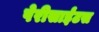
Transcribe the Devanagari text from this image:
पेरीसाईंटस